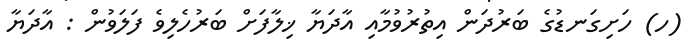
(ހ) ހަށިގަނޑުގެ ބަރުދަން އިތުރުވުމާއި އާދަޔާ ޚިލާފަށް ބަރުހެލިވެ ފަލަވުން : އާދަޔާ